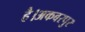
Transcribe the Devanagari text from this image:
है।अकबरपुर